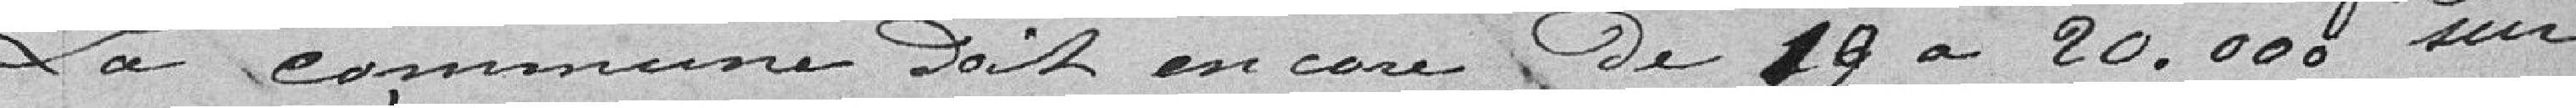
La commune doit encore de 19 à 20.000 frs sur